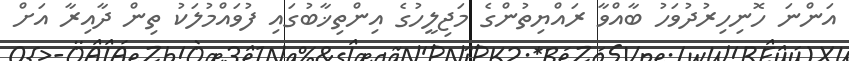
އަންނަ ހޮނިހިރުދުވަހު ބާއްވާ ރައްޔިތުންގެ މަޖިލީހުގެ އިންތިޚާބުގައި ފުވައްމުލަކު ތިން ދާއިރާ އަށް